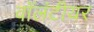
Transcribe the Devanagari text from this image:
वॉलंटीयर